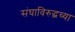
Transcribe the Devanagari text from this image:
संघाविरुद्धच्या